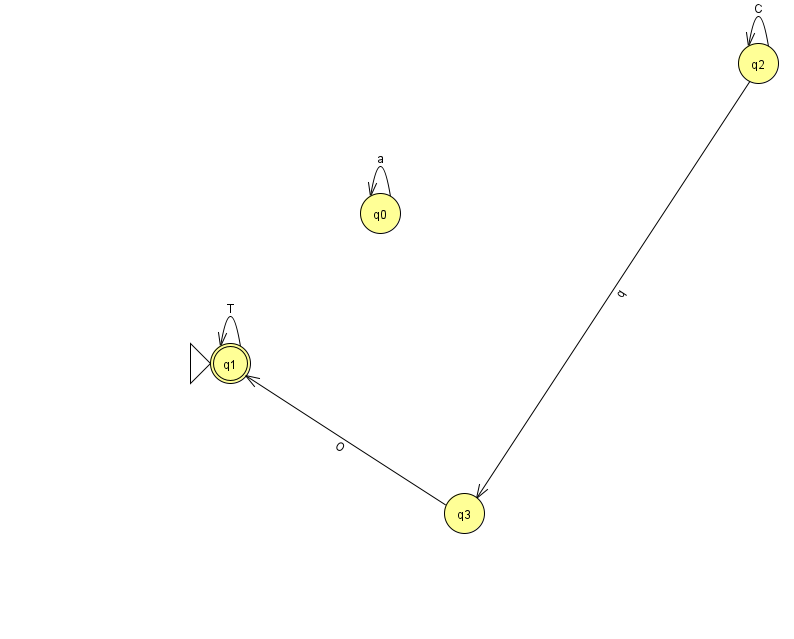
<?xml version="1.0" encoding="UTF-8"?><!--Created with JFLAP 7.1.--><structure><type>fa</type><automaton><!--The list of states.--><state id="0" name="q0"><x>380.0</x><y>200.0</y></state><state id="1" name="q1"><x>230.0</x><y>350.0</y><initial/><final/></state><state id="2" name="q2"><x>758.0</x><y>50.0</y></state><state id="3" name="q3"><x>464.0</x><y>500.0</y></state><!--The list of transitions.--><transition><from>0</from><to>0</to><read>a</read></transition><transition><from>2</from><to>3</to><read>q</read></transition><transition><from>2</from><to>2</to><read>C</read></transition><transition><from>1</from><to>1</to><read>T</read></transition><transition><from>3</from><to>1</to><read>O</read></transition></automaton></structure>